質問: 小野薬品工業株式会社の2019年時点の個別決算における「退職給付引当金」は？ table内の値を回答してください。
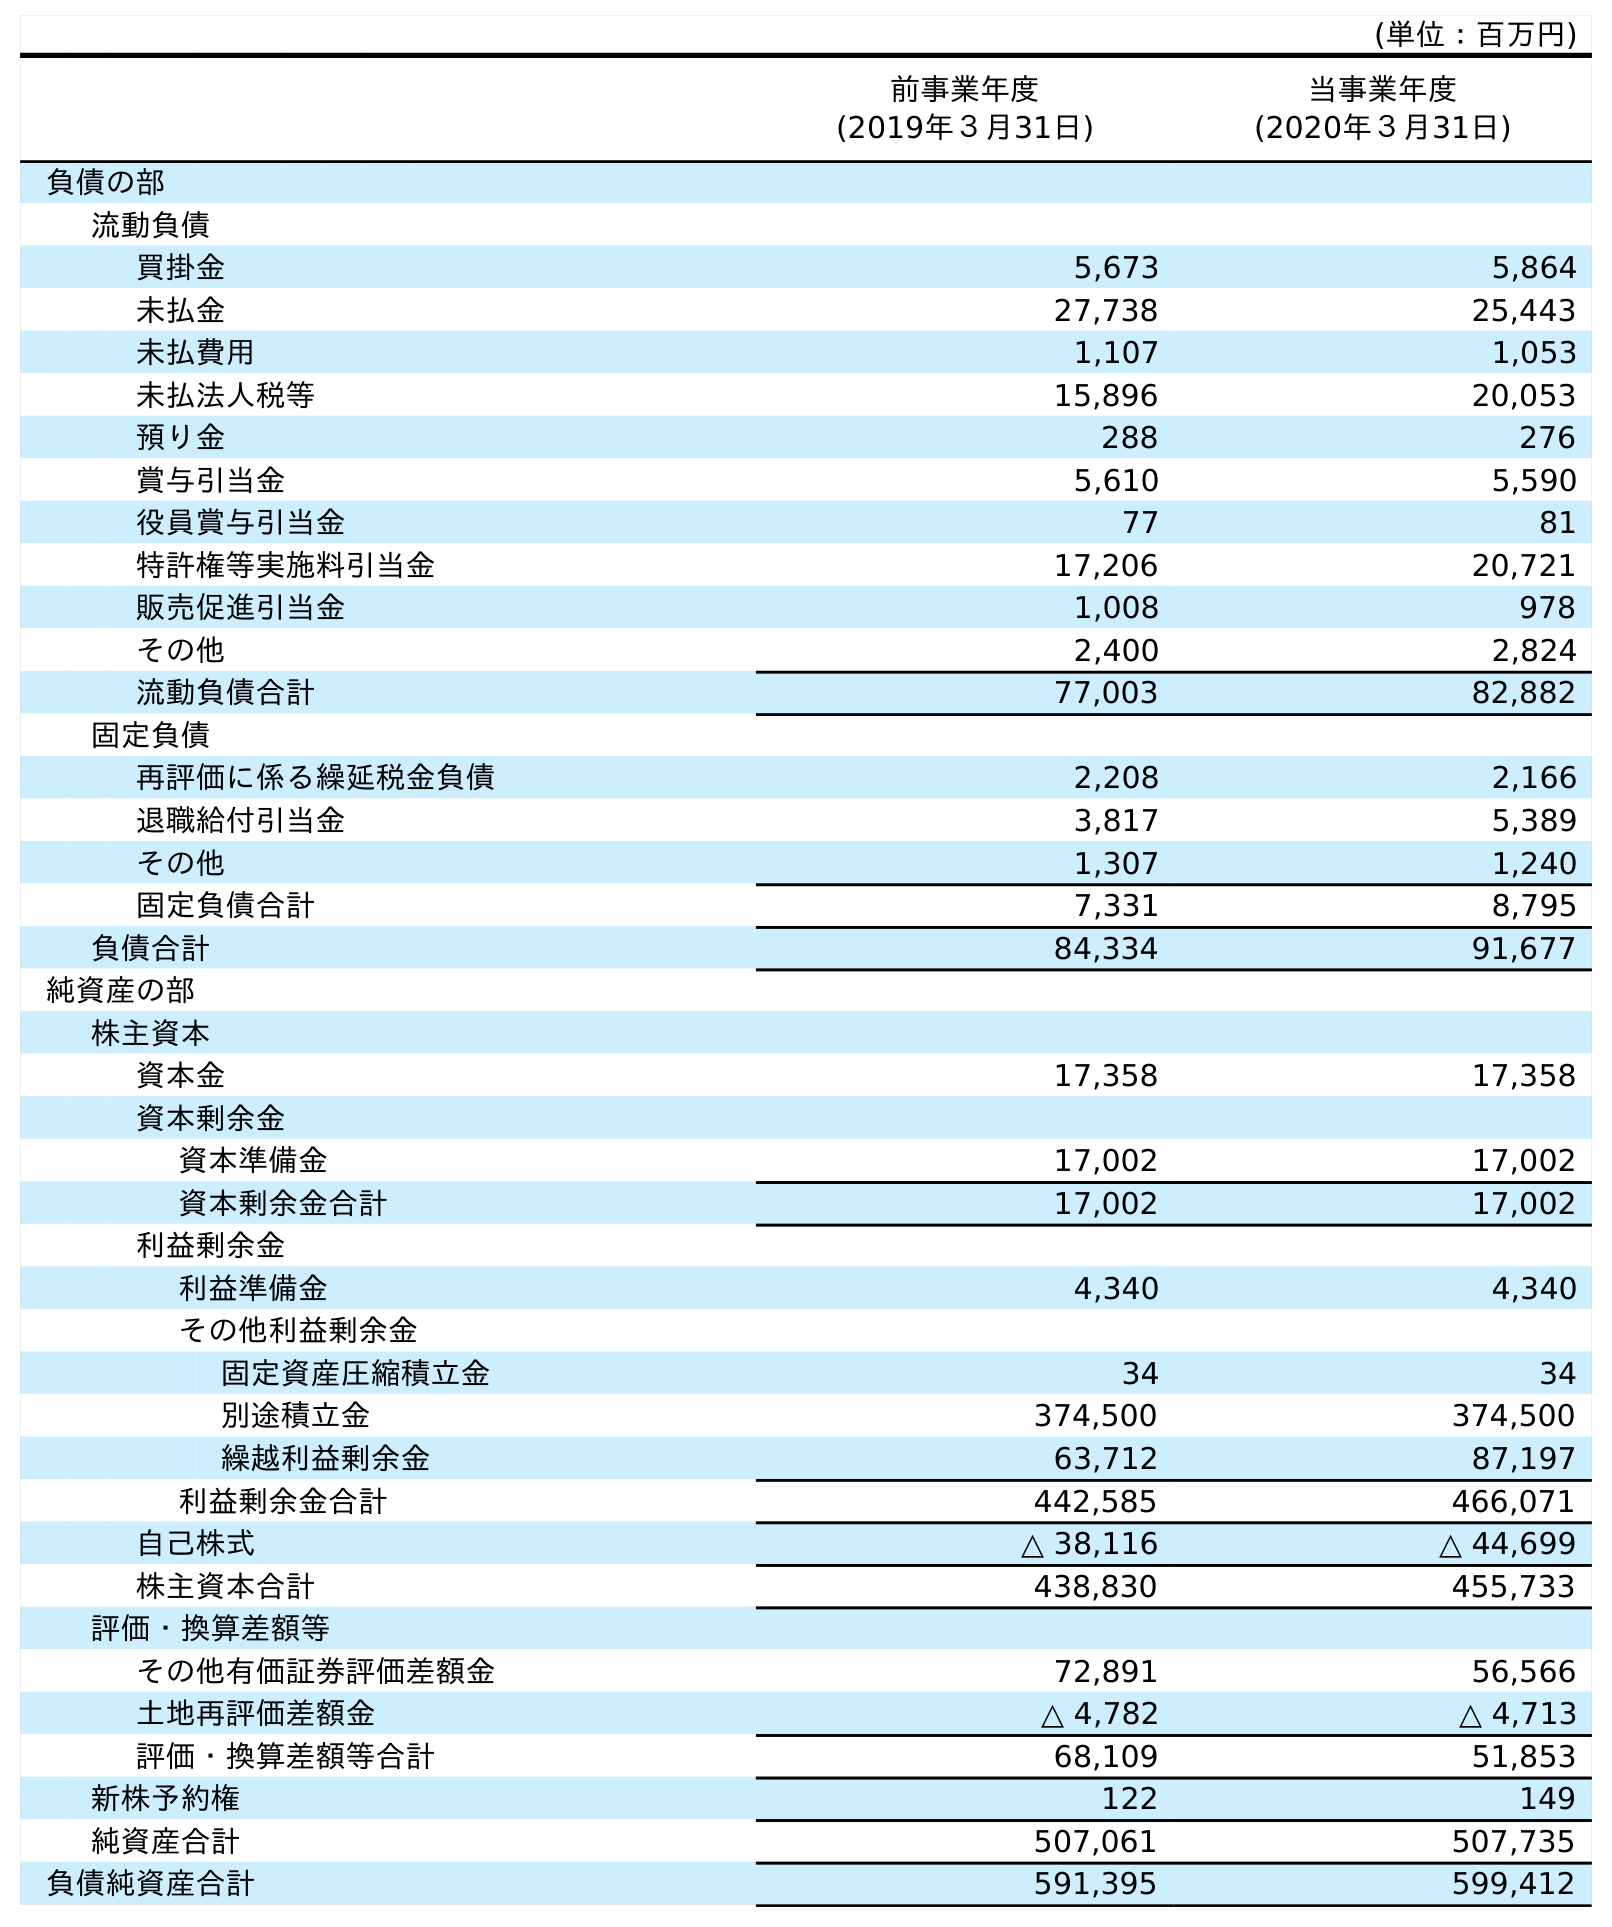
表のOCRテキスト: (単位：百万円) 前事業年度 (2019年３月31日) 当事業年度 (2020年３月31日) 負債の部 流動負債 買掛金 5,673 5,864 未払金 27,738 25,443 未払費用 1,107 1,053 未払法人税等 15,896 20,053 預り金 288 276 賞与引当金 5,610 5,590 役員賞与引当金 77 81 特許権等実施料引当金 17,206 20,721 販売促進引当金 1,008 978 その他 2,400 2,824 流動負債合計 77,003 82,882 固定負債 再評価に係る繰延税金負債 2,208 2,166 退職給付引当金 3,817 5,389 その他 1,307 1,240 固定負債合計 7,331 8,795 負債合計 84,334 91,677 純資産の部 株主資本 資本金 17,358 17,358 資本剰余金 資本準備金 17,002 17,002 資本剰余金合計 17,002 17,002 利益剰余金 利益準備金 4,340 4,340 その他利益剰余金 固定資産圧縮積立金 34 34 別途積立金 374,500 374,500 繰越利益剰余金 63,712 87,197 利益剰余金合計 442,585 466,071 自己株式 △ 38,116 △ 44,699 株主資本合計 438,830 455,733 評価・換算差額等 その他有価証券評価差額金 72,891 56,566 土地再評価差額金 △ 4,782 △ 4,713 評価・換算差額等合計 68,109 51,853 新株予約権 122 149 純資産合計 507,061 507,735 負債純資産合計 591,395 599,412
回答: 3,817